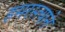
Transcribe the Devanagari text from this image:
हमरस्त्याने